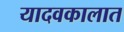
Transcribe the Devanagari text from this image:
यादवकालात